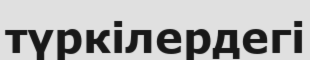
түркілердегі